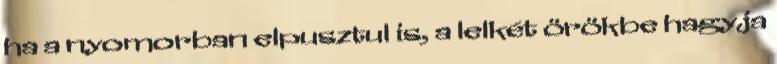
ha a nyomorban elpusztul is, a lelkét örökbe hagyja